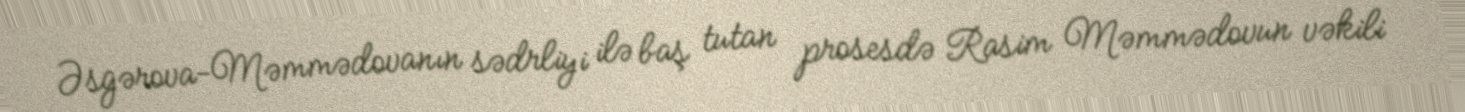
Əsgərova-Məmmədovanın sədrliyi ilə baş tutan prosesdə Rasim Məmmədovun vəkili